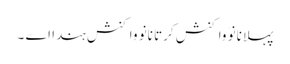
پہلا نانوَ واکنش کرتا نانوَ واکنش ہندا اے ۔